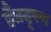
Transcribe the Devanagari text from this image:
हैंप्रदूषण